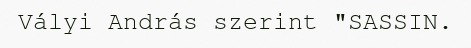
Vályi András szerint "SASSIN.